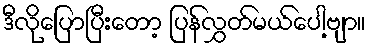
ဒီလိုပြောပြီးတော့ ပြန်လွှတ်မယ်ပေါ့ဗျာ။